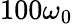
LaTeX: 100\omega_{0}